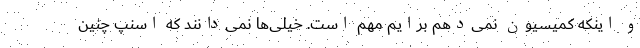
و اینکه کمیسیون نمی‌دهم برایم مهم است. خیلی‌ها نمی‌دانند که اسنپ چنین